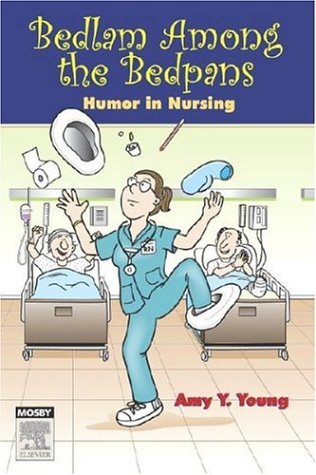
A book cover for Bedlam Among the Bedpans: Humor in Nursing, 1e; Amy Y. Young; Humor & Entertainment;